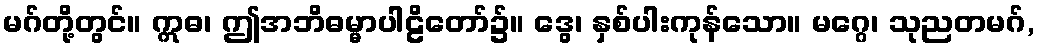
မဂ်တို့တွင်။ ဣဓ၊ ဤအဘိဓမ္မာပါဠိတော်၌။ ဒွေ၊ နှစ်ပါးကုန်သော။ မဂ္ဂေ၊ သုညတမဂ်,